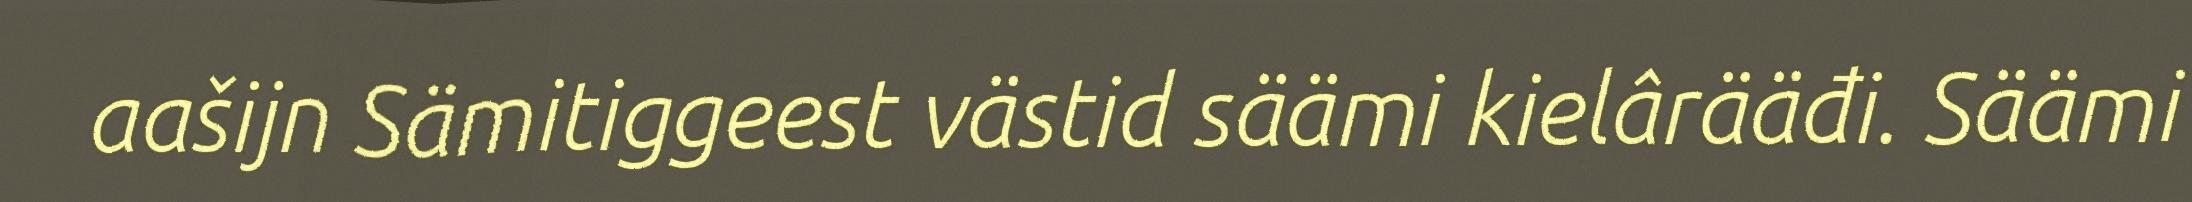
aašijn Sämitiggeest västid säämi kielârääđi. Säämi